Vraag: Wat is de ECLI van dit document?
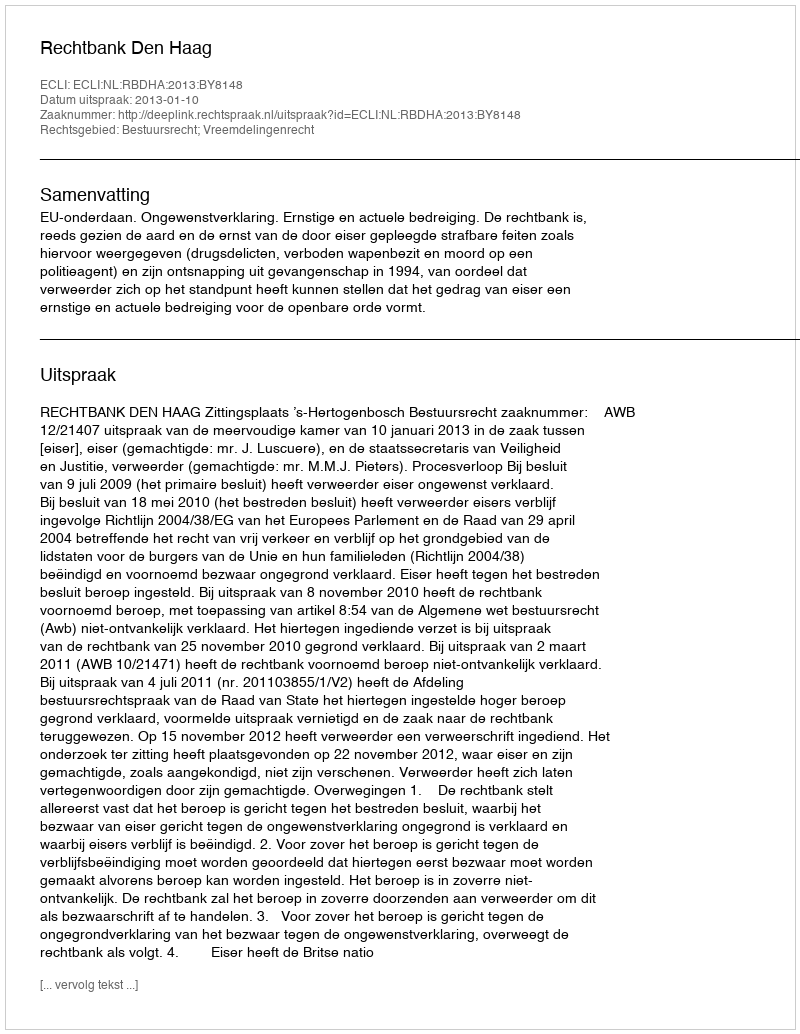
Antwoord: ECLI:NL:RBDHA:2013:BY8148